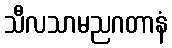
သီလသာမညဂတာနံ